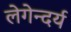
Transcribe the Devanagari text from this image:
लेगेन्दर्य